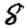
Digit: 8